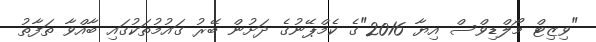
"ވިޒިޓް މޯލްޑިވްސް އިޔާ 2016"ގެ ކެމްޕޭނުގެ ދަށުން ބޭރު ގައުމުތަކުގައި ބާއްވާ ތަފާތު